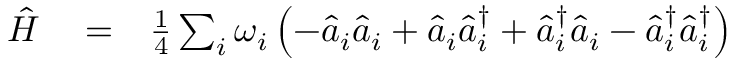
\begin{array} { r l r } { \hat { H } } & { { } = } & { \frac { 1 } { 4 } \sum _ { i } \omega _ { i } \left( - \hat { a } _ { i } \hat { a } _ { i } + \hat { a } _ { i } \hat { a } _ { i } ^ { \dagger } + \hat { a } _ { i } ^ { \dagger } \hat { a } _ { i } - \hat { a } _ { i } ^ { \dagger } \hat { a } _ { i } ^ { \dagger } \right) } \end{array}